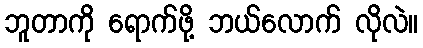
ဘူတာကို ရောက်ဖို့ ဘယ်လောက် လိုလဲ။